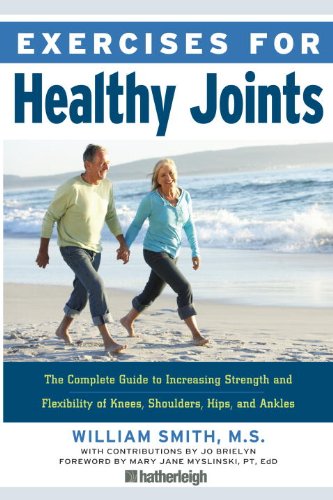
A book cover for Exercises for Healthy Joints: The Complete Guide to Increasing Strength and Flexibility of Knees, Shoulders, Hips, and Ankles; William Smith; Health, Fitness & Dieting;